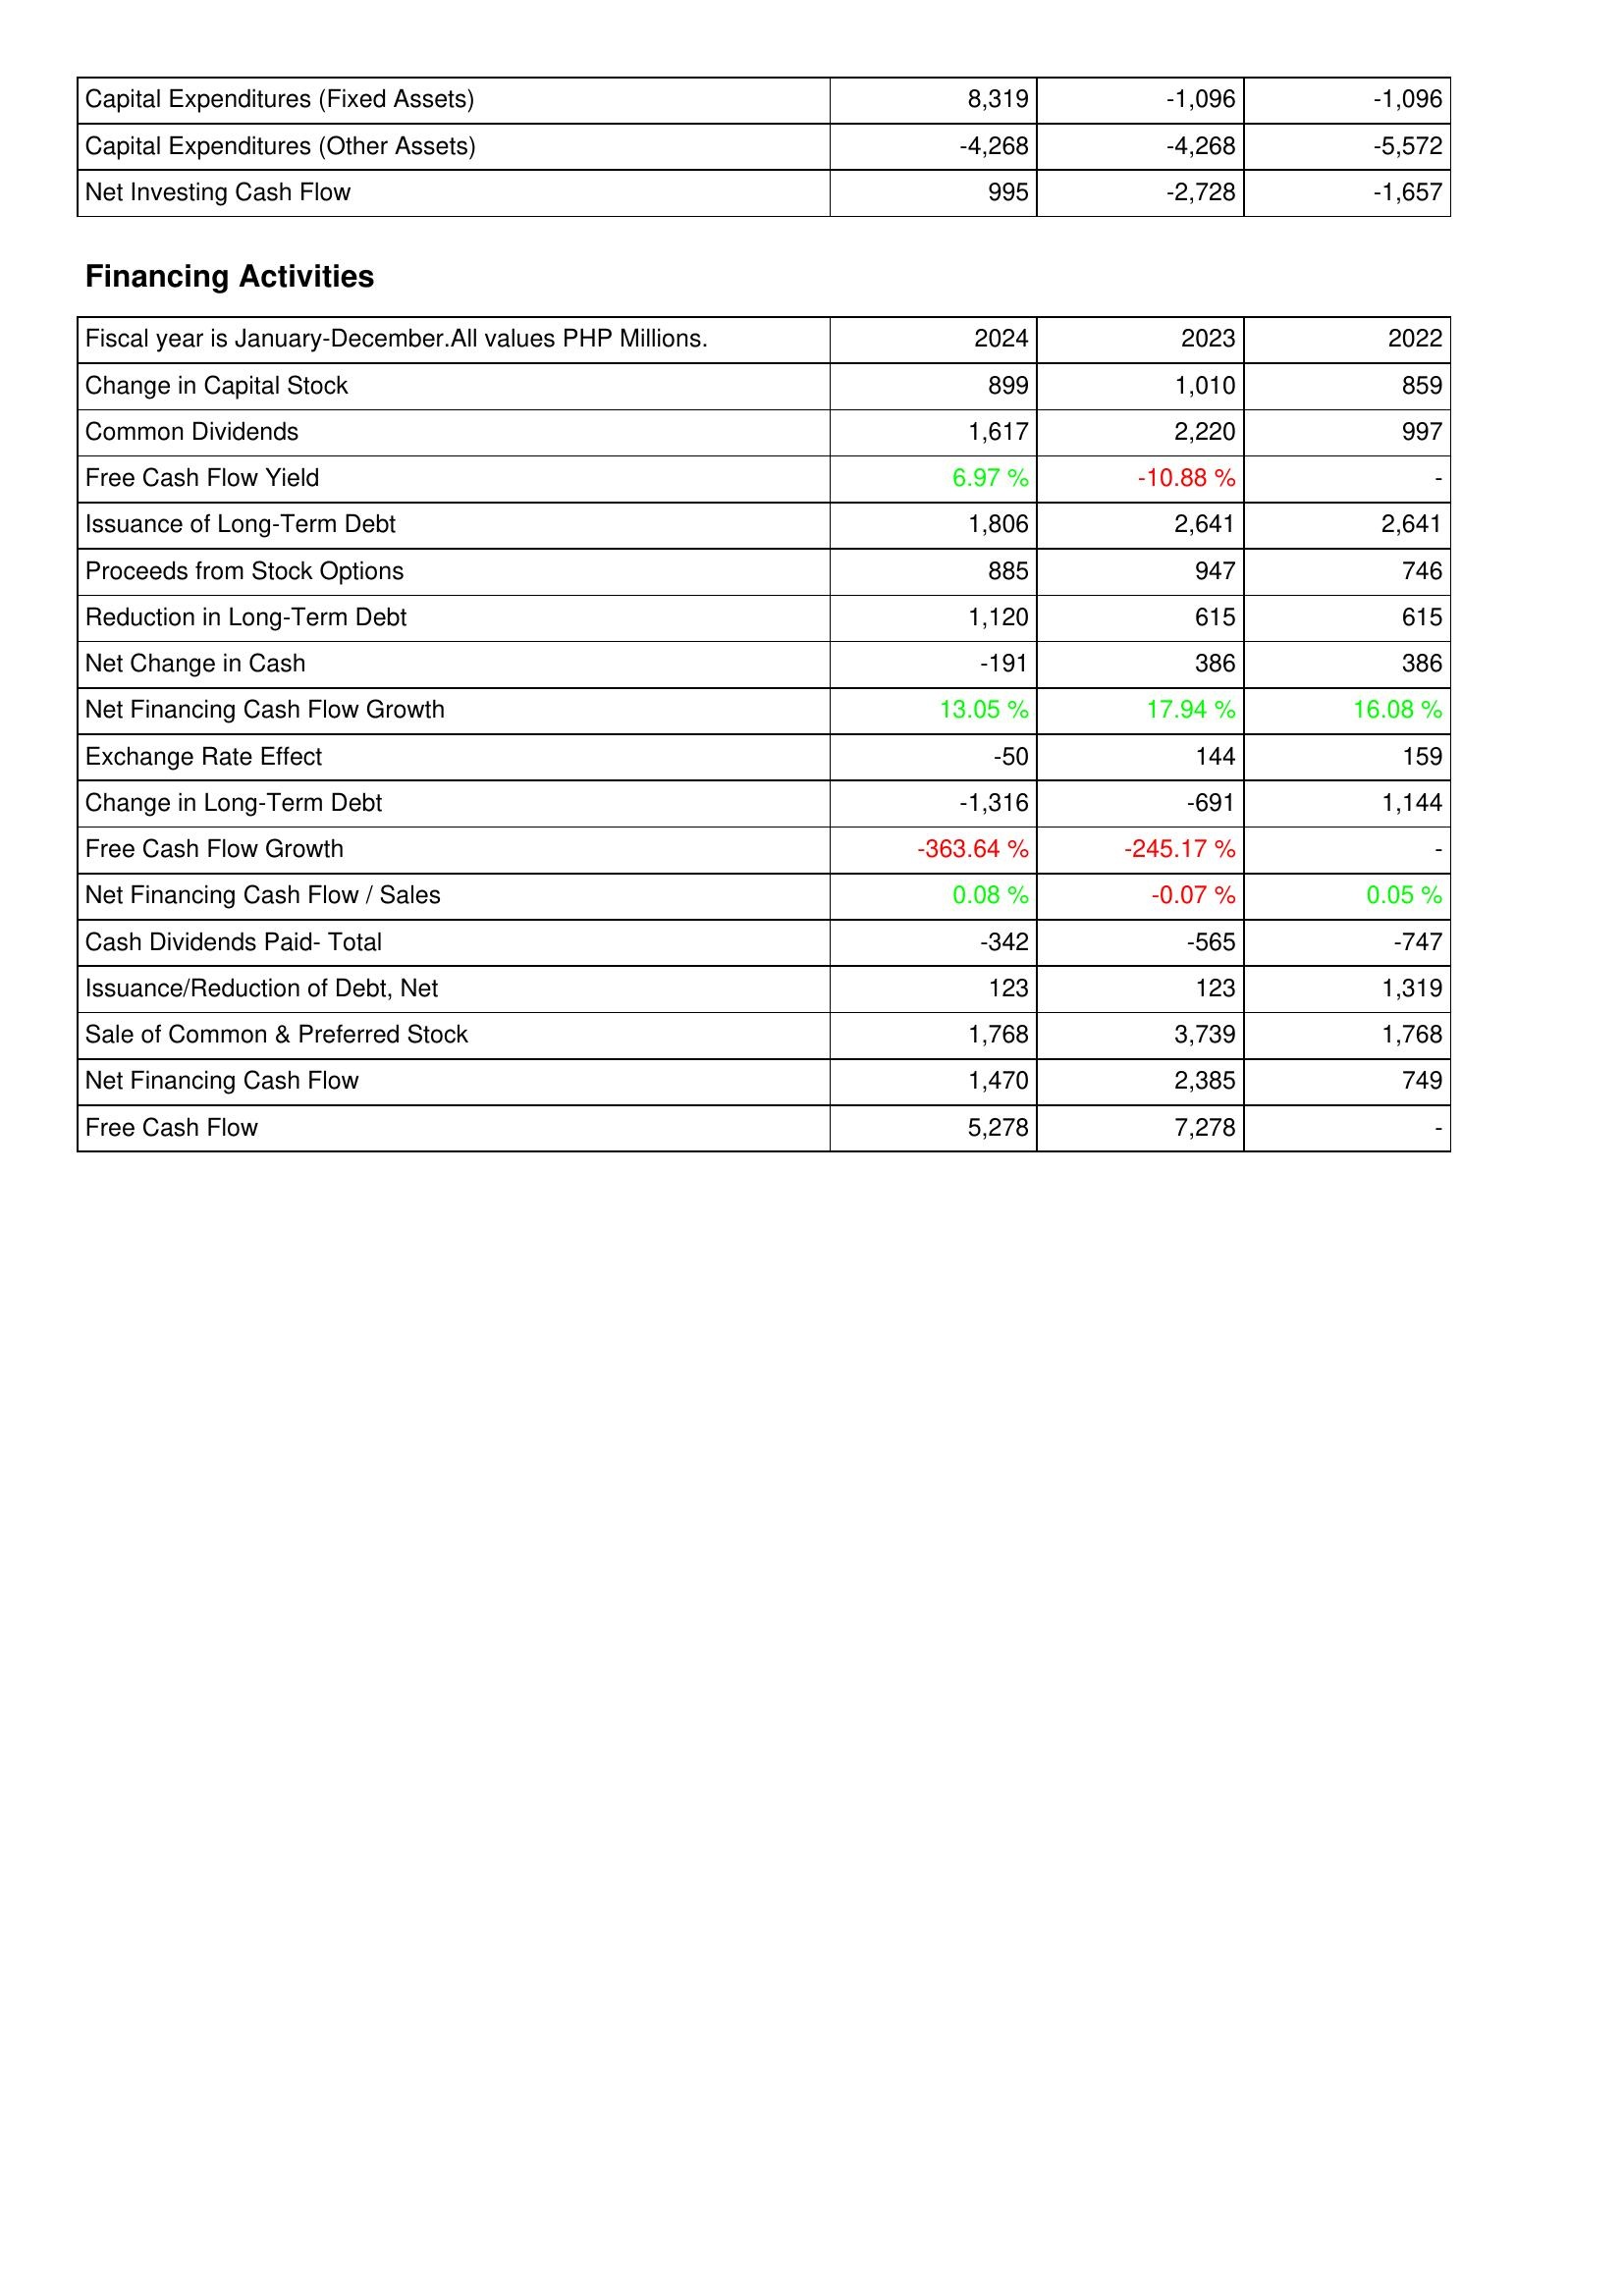
2024: Investing Activities: Capital Expenditures (Fixed Assets): 8,319
Capital Expenditures (Other Assets): -4,268
Net Investing Cash Flow: 995
Financing Activities: Change in Capital Stock: 899
Common Dividends: 1,617
Free Cash Flow Yield: 6.97 %
Issuance of Long-Term Debt: 1,806
Proceeds from Stock Options: 885
Reduction in Long-Term Debt: 1,120
Net Change in Cash: -191
Net Financing Cash Flow Growth: 13.05 %
Exchange Rate Effect: -50
Change in Long-Term Debt: -1,316
Free Cash Flow Growth: -363.64 %
Net Financing Cash Flow / Sales: 0.08 %
Cash Dividends Paid- Total: -342
Issuance/Reduction of Debt, Net: 123
Sale of Common & Preferred Stock: 1,768
Net Financing Cash Flow: 1,470
Free Cash Flow: 5,278
2023: Investing Activities: Capital Expenditures (Fixed Assets): -1,096
Capital Expenditures (Other Assets): -4,268
Net Investing Cash Flow: -2,728
Financing Activities: Change in Capital Stock: 1,010
Common Dividends: 2,220
Free Cash Flow Yield: -10.88 %
Issuance of Long-Term Debt: 2,641
Proceeds from Stock Options: 947
Reduction in Long-Term Debt: 615
Net Change in Cash: 386
Net Financing Cash Flow Growth: 17.94 %
Exchange Rate Effect: 144
Change in Long-Term Debt: -691
Free Cash Flow Growth: -245.17 %
Net Financing Cash Flow / Sales: -0.07 %
Cash Dividends Paid- Total: -565
Issuance/Reduction of Debt, Net: 123
Sale of Common & Preferred Stock: 3,739
Net Financing Cash Flow: 2,385
Free Cash Flow: 7,278
2022: Investing Activities: Capital Expenditures (Fixed Assets): -1,096
Capital Expenditures (Other Assets): -5,572
Net Investing Cash Flow: -1,657
Financing Activities: Change in Capital Stock: 859
Common Dividends: 997
Free Cash Flow Yield: -
Issuance of Long-Term Debt: 2,641
Proceeds from Stock Options: 746
Reduction in Long-Term Debt: 615
Net Change in Cash: 386
Net Financing Cash Flow Growth: 16.08 %
Exchange Rate Effect: 159
Change in Long-Term Debt: 1,144
Free Cash Flow Growth: -
Net Financing Cash Flow / Sales: 0.05 %
Cash Dividends Paid- Total: -747
Issuance/Reduction of Debt, Net: 1,319
Sale of Common & Preferred Stock: 1,768
Net Financing Cash Flow: 749
Free Cash Flow: -